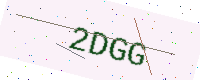
Text: 2DGG